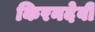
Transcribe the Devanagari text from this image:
किरनदेवी